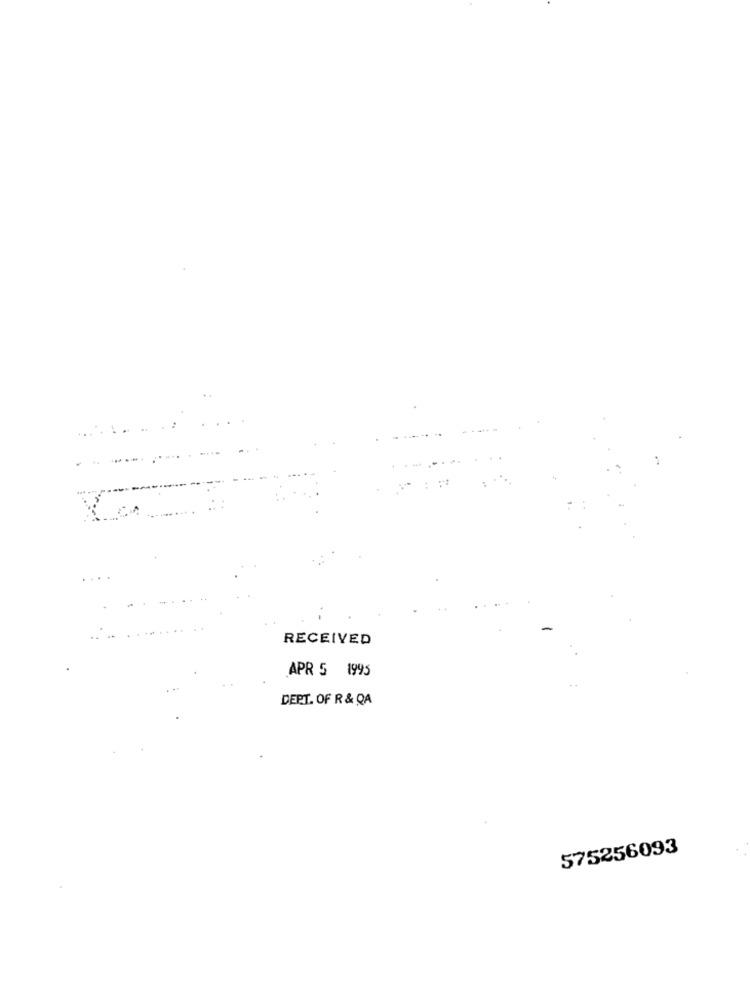
RECEIVED
APR 5 1995
DEPT. OF R & QA
575256093